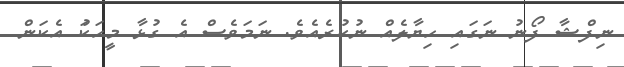
ނިފްޝާ ފޯނު ނަގައި ހިޔާލެއް ނުކުރެއެވެ. ނަަމަވެސް އެ ގުޅާ މީހަކަު އެކަން